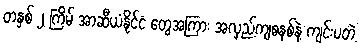
တနှစ် ၂ ကြိမ် အာဆီယံနိုင်ငံ တွေအကြား အလှည့်ကျစနစ်နဲ့ ကျင်းပတဲ့